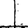
Digit: 1